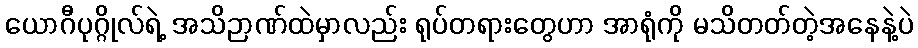
ယောဂီပုဂ္ဂိုလ်ရဲ့ အသိဉာဏ်ထဲမှာလည်း ရုပ်တရားတွေဟာ အာရုံကို မသိတတ်တဲ့အနေနဲ့ပဲ